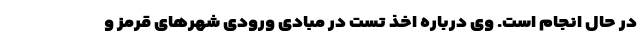
در حال انجام است. وی درباره اخذ تست در مبادی ورودی شهرهای قرمز و